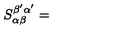
S _ { \alpha \beta } ^ { \beta ^ { \prime } \alpha ^ { \prime } } =